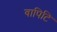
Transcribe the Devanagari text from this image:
वापिटि